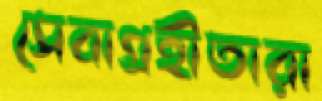
সেবাগ্রহীতারা